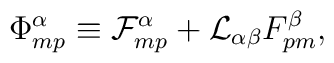
\Phi^{\alpha}_{mp} \equiv {\cal F}^{\alpha}_{mp} +{\cal L}_{\alpha\beta}F^{\beta}_{pm},